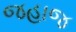
જહાજ